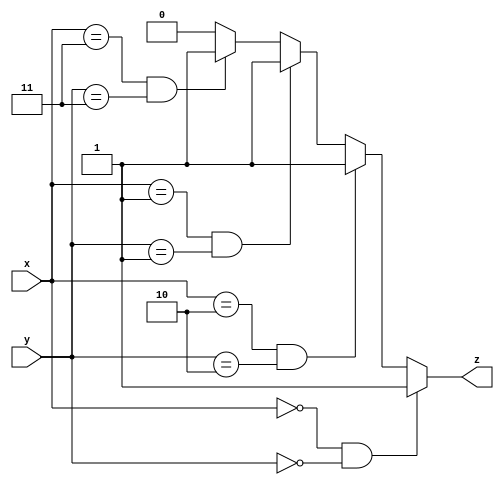
// Code your design here
`timescale 1ns / 1ps

module homework3(
    input [1:0]x,
    input [1:0]y,
    output z
);
assign z=   ((x==2'b00) && (y==2'b00)) ? 1'b1 :
            ((x==2'b10) && (y==2'b10)) ? 1'b1 :
            ((x==2'b01) && (y==2'b01)) ? 1'b1 :
            ((x==2'b11) && (y==2'b11)) ? 1'b1 :
            2'b0;
endmodule